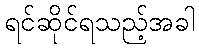
ရင်ဆိုင်ရသည့်အခါ